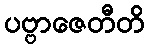
ပဗ္ဗာဇေတီတိ